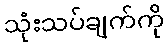
သုံးသပ်ချက်ကို